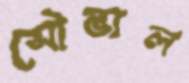
সৌভাল